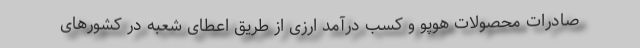
صادرات محصولات هوپو و کسب درآمد ارزی از طریق اعطای شعبه در کشورهای